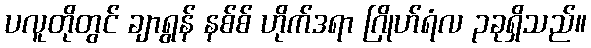
ပလူတိုတွင် ချာရွန် နစ်စ် ဟိုက်ဒရာ ဂြိုဟ်ရံလ ၃ခုရှိသည်။